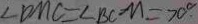
\angle D M C = \angle B C M = 7 0 ^ { \circ }